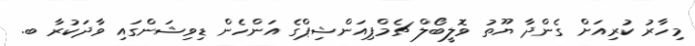
މިހާރު ކުރިއަށް ގެންދާ ޔޫތު ވޮލީބޯލް ޗެމްޕިއަންޝިޕްގެ އަންހެން ޑިވިޝަންގައި ވާދަކުރާ ބ.